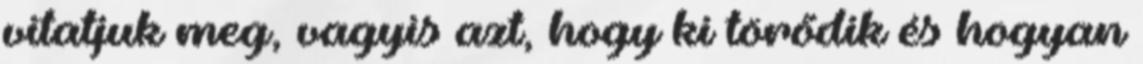
vitatjuk meg, vagyis azt, hogy ki törődik és hogyan